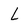
Character: L